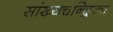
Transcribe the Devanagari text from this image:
सांख्‍यचन्द्रिका